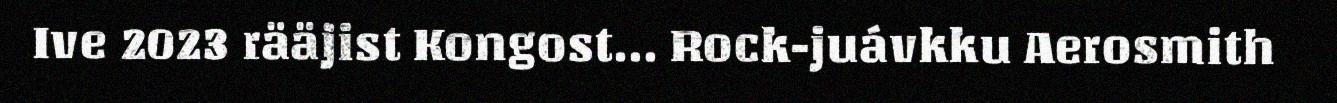
Ive 2023 rääjist Kongost... Rock-juávkku Aerosmith